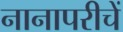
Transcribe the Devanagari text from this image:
नानापरीचें